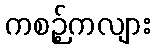
ကစဉ့်ကလျား